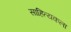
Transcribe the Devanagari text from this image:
साहित्यकला